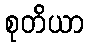
စုတိယာ